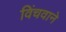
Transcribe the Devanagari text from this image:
विंचवाने